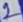
Text: 2